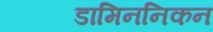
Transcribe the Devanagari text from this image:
डामिननिकन